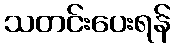
သတင်းပေးရန်